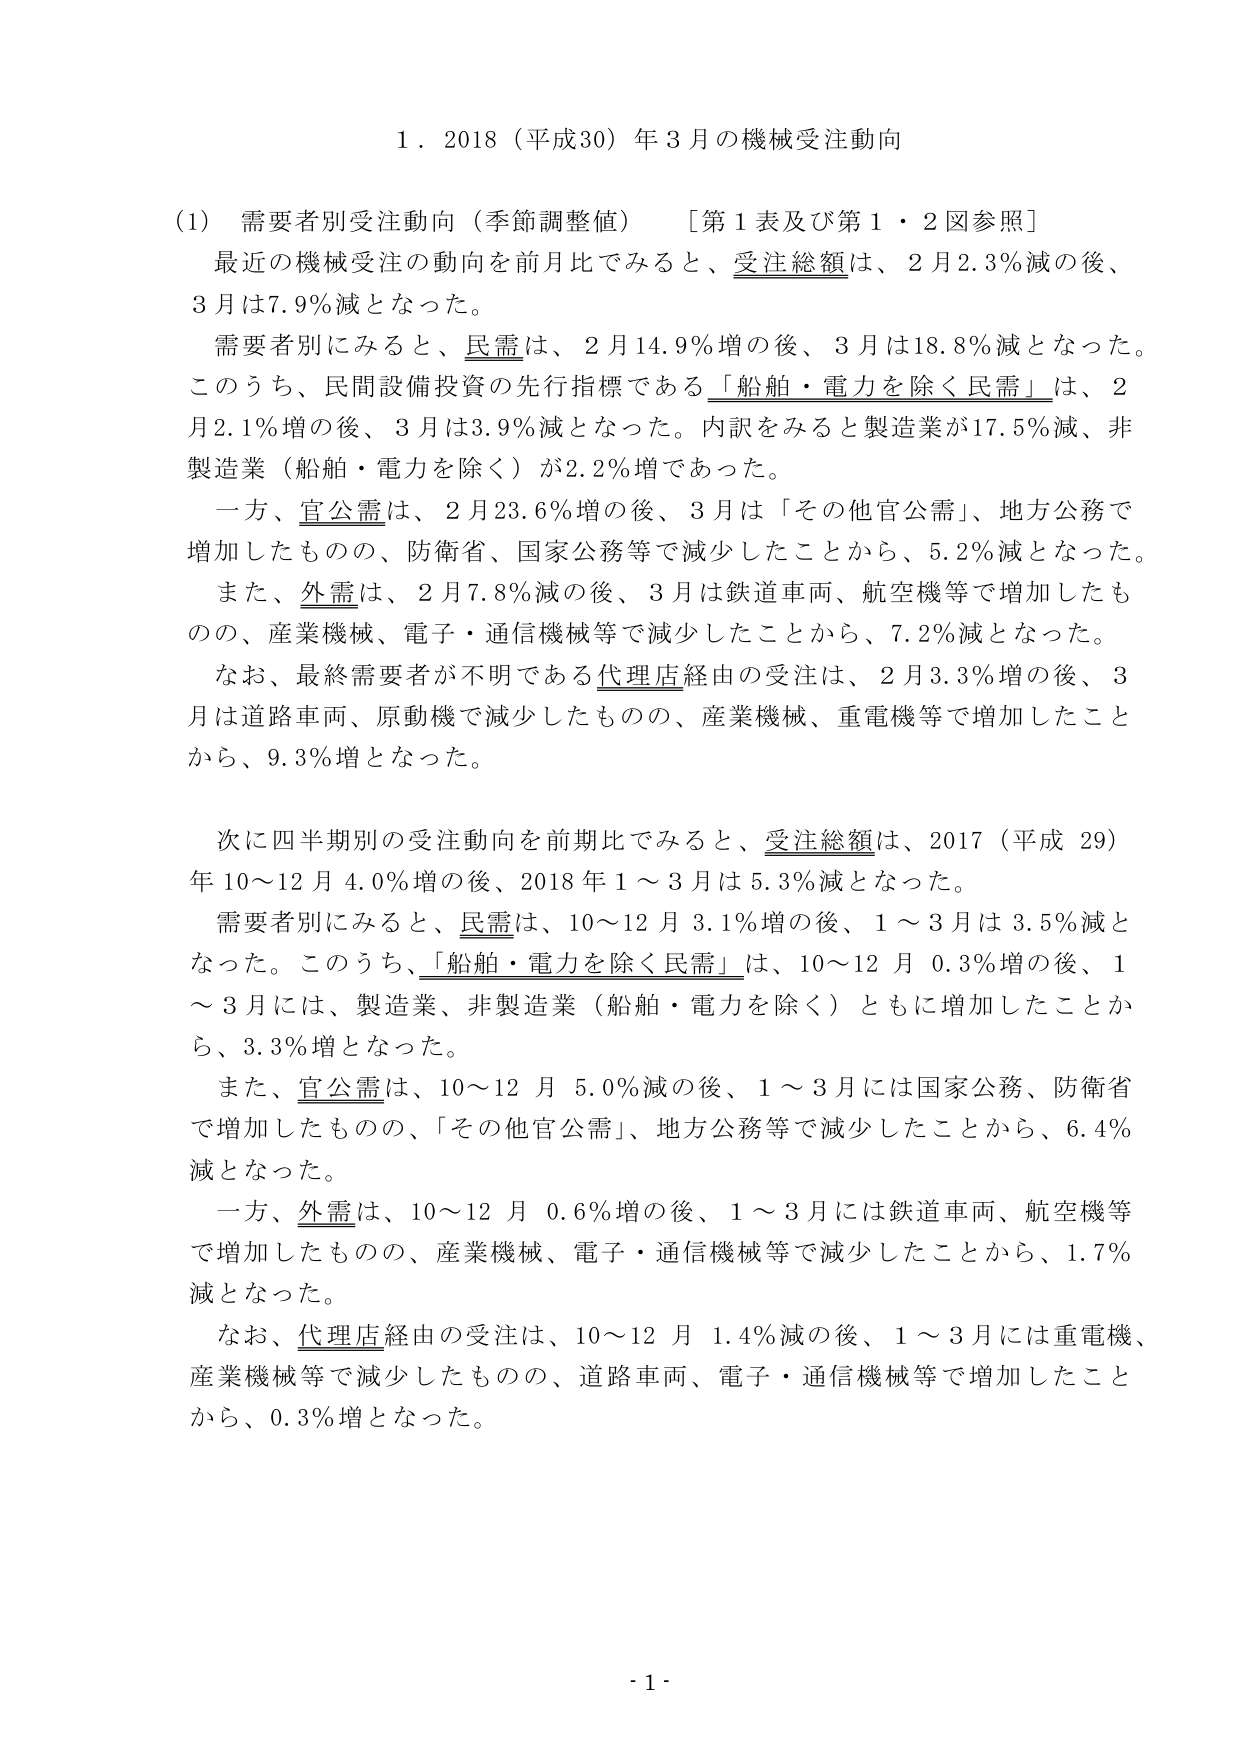
1．2018（平成30）年3月の機械受注動向

（1）需要者別受注動向（季節調整値）　［第1表及び第1・2図参照］
最近の機械受注の動向を前月比でみると、受注総額は、2月2.3％減の後、
3月は7.9％減となった。
需要者別にみると、民需は、2月14.9％増の後、3月は18.8％減となった。
このうち、民間設備投資の先行指標である「船舶・電力を除く民需」は、2
月2.1％増の後、3月は3.9％減となった。内訳をみると製造業が17.5％減、非
製造業（船舶・電力を除く）が2.2％増であった。
一方、官公需は、2月23.6％増の後、3月は「その他官公需」、地方公務で
増加したものの、防衛省、国家公務等で減少したことから、5.2％減となった。
また、外需は、2月7.8％減の後、3月は鉄道車両、航空機等で増加したも
のの、産業機械、電子・通信機械等で減少したことから、7.2％減となった。
なお、最終需要者が不明である代理店経由の受注は、2月3.3％増の後、3
月は道路車両、原動機で減少したものの、産業機械、重電機等で増加したこと
から、9.3％増となった。

次に四半期別の受注動向を前期比でみると、受注総額は、2017（平成29）
年10～12月4.0％増の後、2018年1～3月は5.3％減となった。
需要者別にみると、民需は、10～12月3.1％増の後、1～3月は3.5％減と
なった。このうち、「船舶・電力を除く民需」は、10～12月0.3％増の後、1
～3月には、製造業、非製造業（船舶・電力を除く）ともに増加したことか
ら、3.3％増となった。
また、官公需は、10～12月5.0％減の後、1～3月には国家公務、防衛省
で増加したものの、「その他官公需」、地方公務等で減少したことから、6.4％
減となった。
一方、外需は、10～12月0.6％増の後、1～3月には鉄道車両、航空機等
で増加したものの、産業機械、電子・通信機械等で減少したことから、1.7％
減となった。
なお、代理店経由の受注は、10～12月1.4％減の後、1～3月には重電機、
産業機械等で減少したものの、道路車両、電子・通信機械等で増加したこと
から、0.3％増となった。

- 1 -